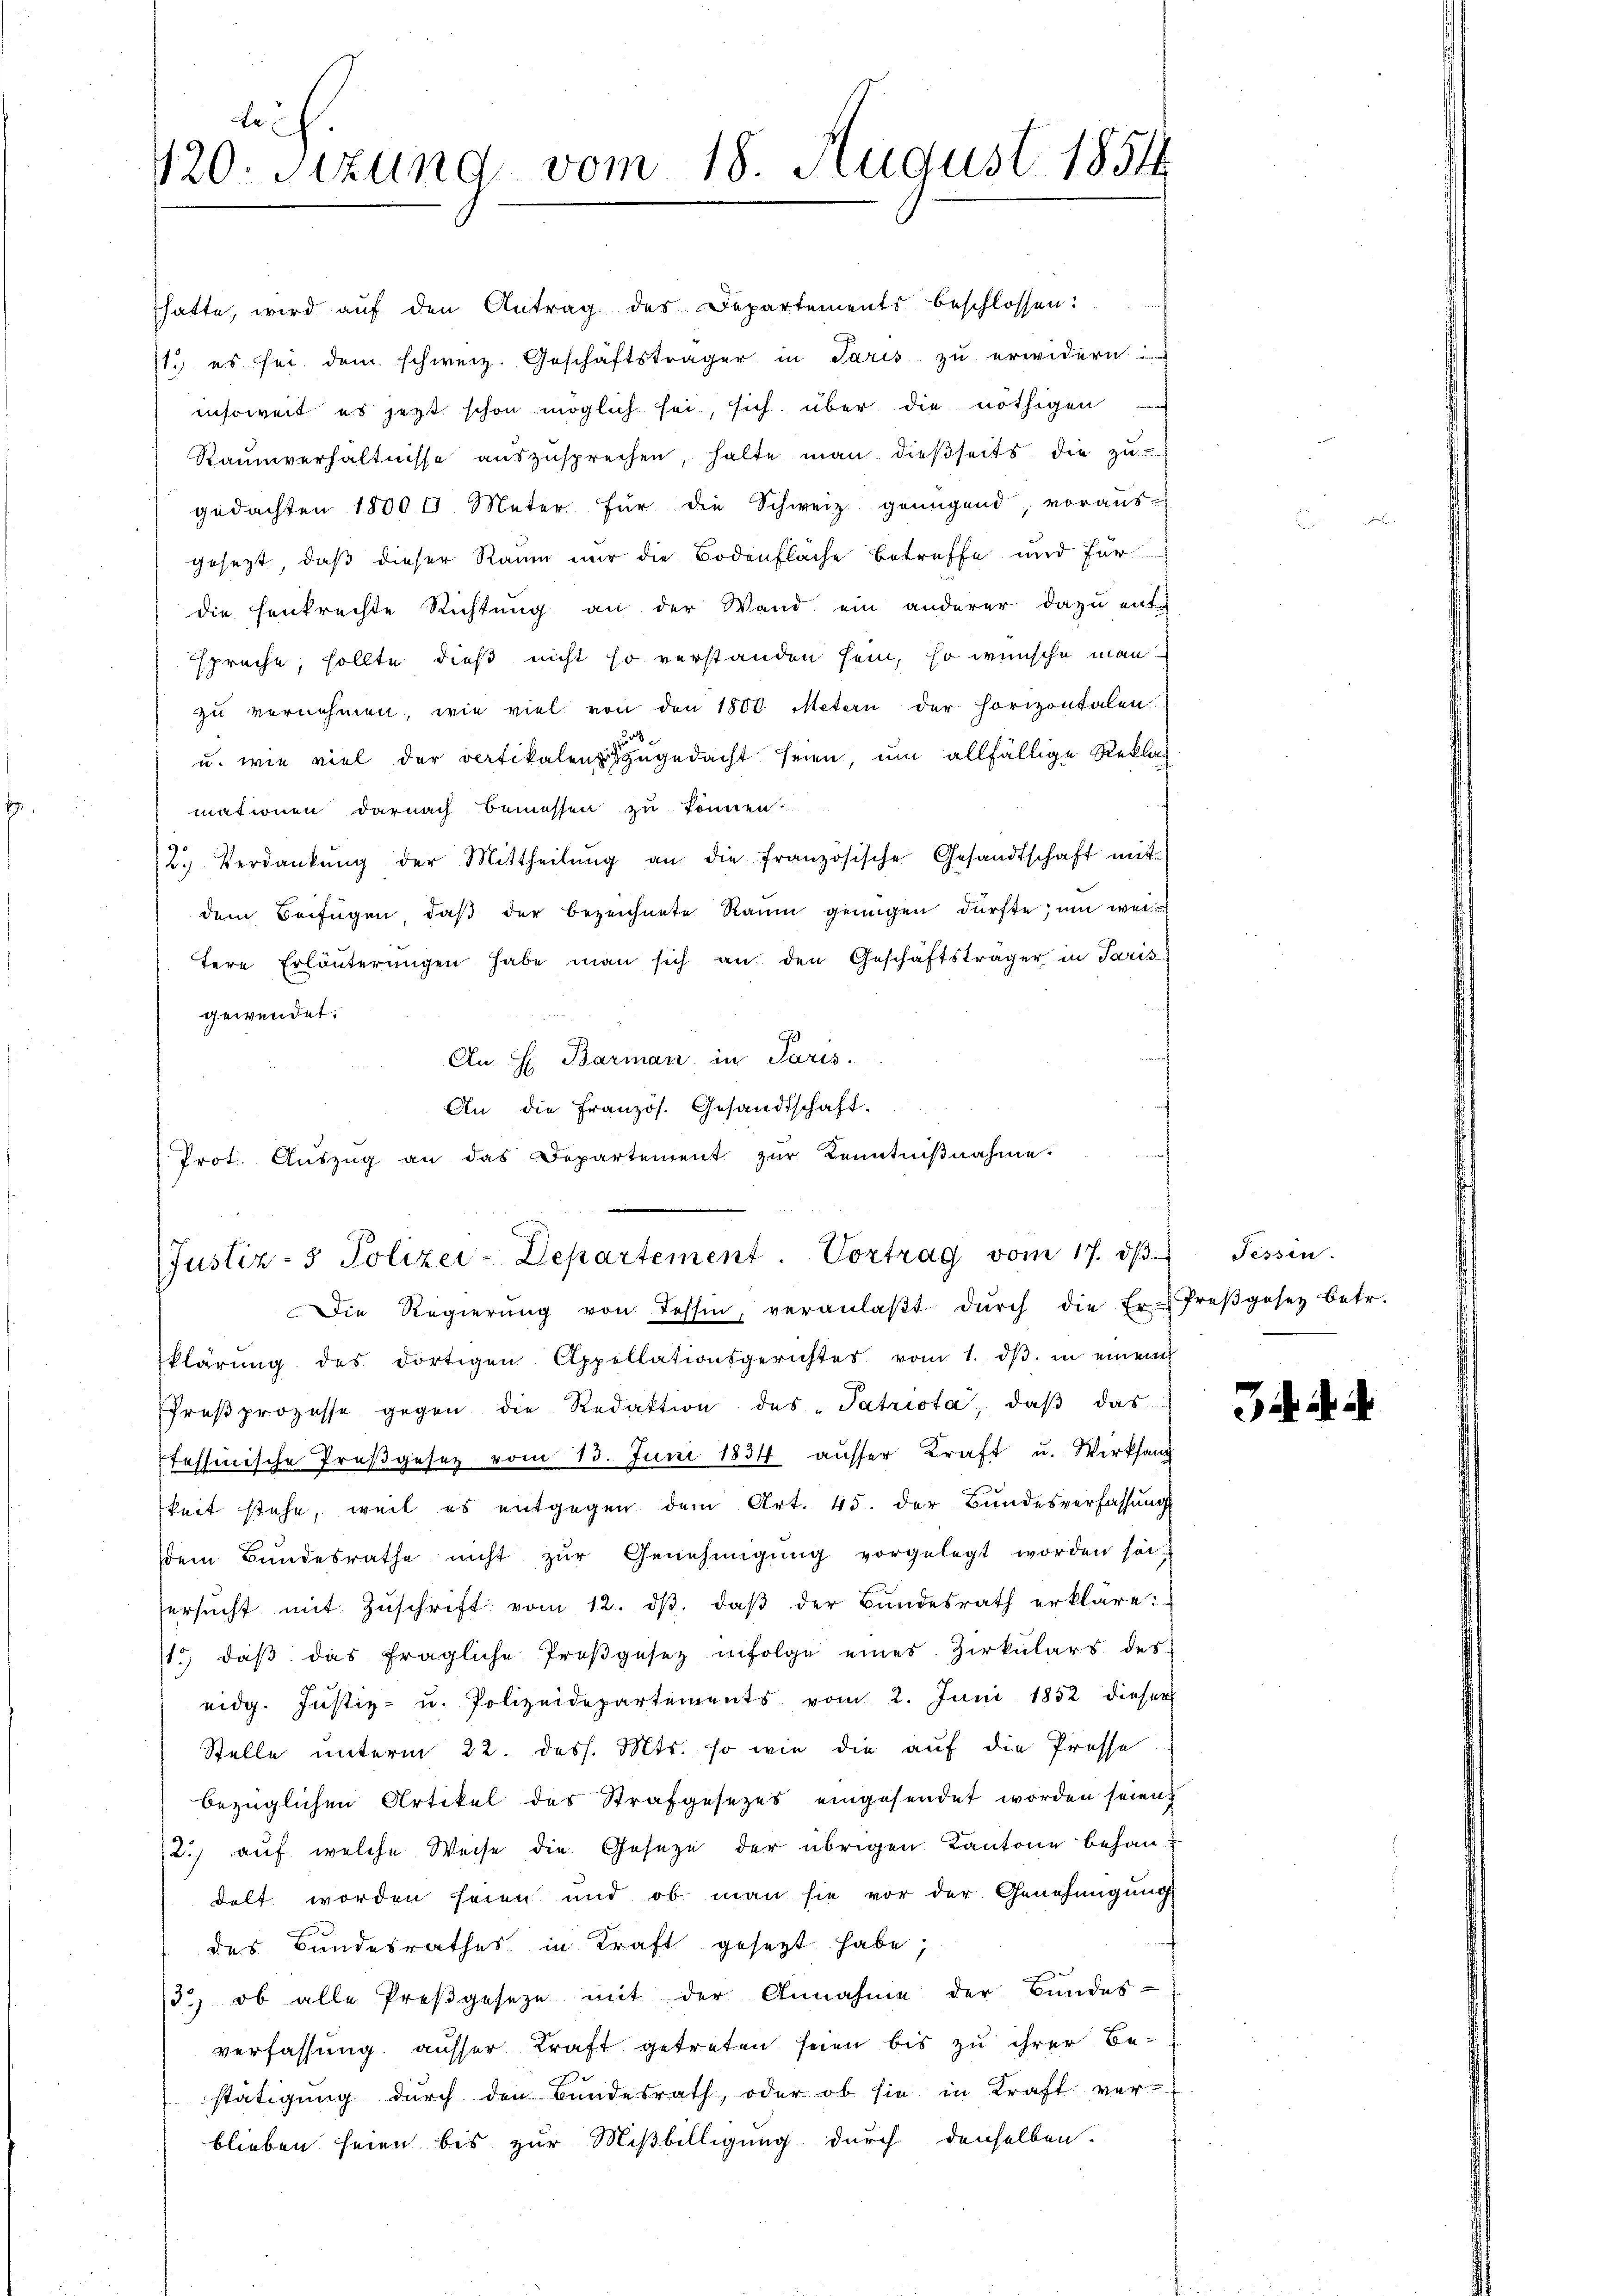
te
120. Sizung vom 18. August 1851

hatte, wird aŭf den Antrag des Departements beschlossen:
11.) es sei dem schweiz. Geschäftsträger in Paris zu erwidern
insoweit es jetzt schon möglich sei, sich über die nöthigen
Raumverhältnisse auszusprechen, halte man dießseits die zu
gedachten 1800 l Meter für die Schweiz genügend, voraus-
gesezt, daß dieser Raum nur die Bodenfläche betreffe und für
die Henkrechte Richtung an der Wand ein anderer dazu ents
spreche, sollte dieß nicht so verstanden sein, so wünsche man
zu vernehmen, wie viel von den 1800. Metern der horizontalen
u. wie viel der Partikalenzugedacht seien, um allfällige Rekla
mationen darnach bemessen zu können.
2. Verdankŭng der Mittheilŭng an die französische Gesandtschaft mit
dem Beifügen, daβ der bezeichnete Raum genügen dürfte, um wel
tere Erläuterungen habe man sich an den Geschäftsträger in Paris
gewendet:
An H. Barman in Paris.
An die Französ. Gesandtschaft.
Prot. Aŭszŭg an das Departement zŭr Kenntniβnahme.

(Justiz- & Polizei-Departement. Vortrag vom 17. dβ. Tessin.

Die Regierŭng von Tessin, veranlaβt dŭrch die Er-Preβgesetz betr.
klärung des dortigen Appellationsgerichtes vom 1. dβ in einem
Preβprozesse gegen die Redaktion des Patriota, daβ das
fessinische Preßgesetz vom 13. Juni 1834 ausser Kraft u. Werksam
keit stehe, weil es entgegen dem Art. 45. der Bundesverfassung
dem Bundesrathe nicht zŭr Genehmigŭng vorgelegt worden solersŭcht mit Zŭschrift vom 12. dβ. daβ der Bŭndesrath erkläre:
11. daβ das fragliche Proβgesetz infolge eines Zirkŭlars des
eidg. Justiz- u. Polizeidepartements vom 2. Juni 1852 dieser
Stelle unterm 22. dess. Mts. so wie die auf die Prosse
bezüglichen Artikel des Strafgesetzes eingesendet worden seien
2.) auf welche Weise die Geseze der übrigen Kantone behan-
delt worden seien und ob man sie vor der Genehmigung
des Bundesrathes in Kraft gesezt habe;
3.) ob alle Preβgeseze mit der Annahme der Bundes-
verfassung ausser Kraft getreten seien bis zu ihrer Bestätigung durch den Bundesrath, oder ob sie in Kraft ver-
blieben seien bis zur Mißbilligung durch denselben.

i